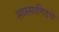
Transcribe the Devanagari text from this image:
सास्सानिडचे